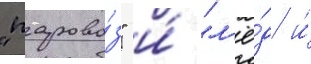
"парово́з" и́ "л'ё́д и́